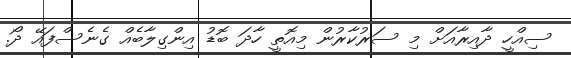
ސިއްހީ ދާއިރާއަށް މި ސަރުކާރުން މިއޮތީ ހާދަ ބޮޑު އިންގިލާބެއް ގެނެސްފައޭ ދޯ.